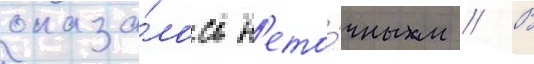
оказа́лось н'ето́чным // В